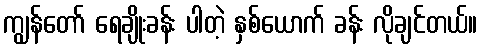
ကျွန်တော် ရေချိုးခန်း ပါတဲ့ နှစ်ယောက် ခန်း လိုချင်တယ်။